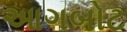
આગબોટ